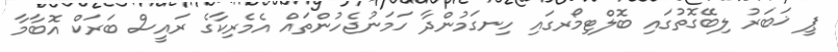
ޕީ ޚަބަރު ލިބޭގޮތުގައި ބޮލްޓިމޯރގައި ހިނގަމުންދާ ހަމަނުޖެހުންތައް އެމެރިކާގެ ރައީސް ބަރަކް އޮބާމާ